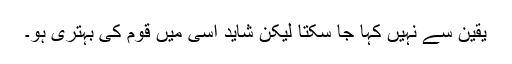
یقین سے نہیں کہا جا سکتا لیکن شاید اسی میں قوم کی بہتری ہو۔